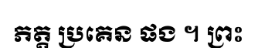
ភត្ត ប្រគេន ផង ។ ព្រះ